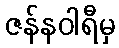
ဇန်နဝါရီမှ